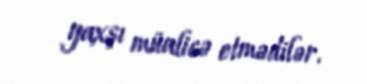
yaxşı müalicə etmədilər.